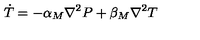
\dot { T } = - \alpha _ { M } \nabla ^ { 2 } P + \beta _ { M } \nabla ^ { 2 } T